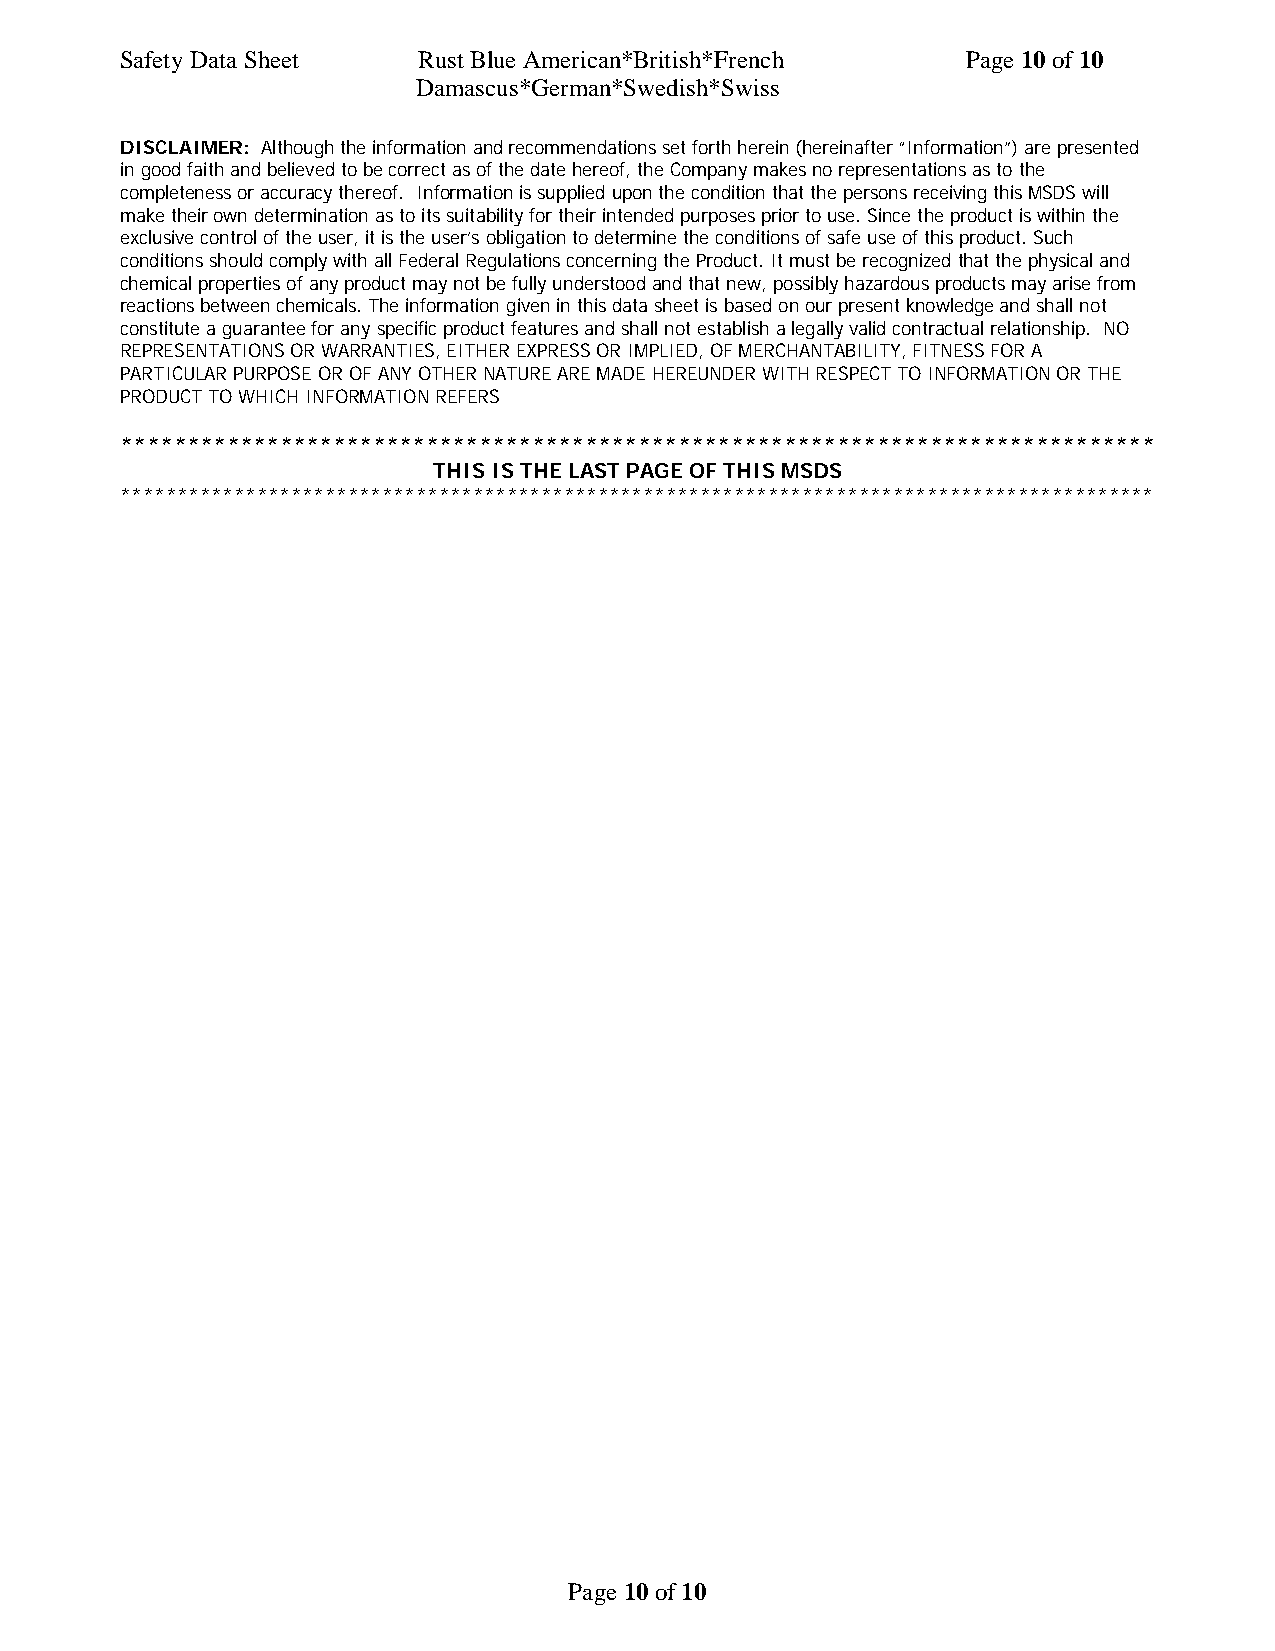
Safety Data Sheet   Rust Blue American*British*French   Page 10 of 10
 Damascus*German*Swedish*Swiss
 DISCLAIMER: Although the information and recommendations set forth herein (hereinafter “Information”) are presented
 in good faith and believed to be correct as of the date hereof, the Company makes no representations as to the
 completeness or accuracy thereof. Information is supplied upon the condition that the persons receiving this MSDS will
 make their own determination as to its suitability for their intended purposes prior to use. Since the product is within the
 exclusive control of the user, it is the user’s obligation to determine the conditions of safe use of this product. Such
 conditions should comply with all Federal Regulations concerning the Product. It must be recognized that the physical and
 chemical properties of any product may not be fully understood and that new, possibly hazardous products may arise from
 reactions between chemicals. The information given in this data sheet is based on our present knowledge and shall not
 constitute a guarantee for any specific product features and shall not establish a legally valid contractual relationship. NO
 REPRESENTATIONS OR WARRANTIES, EITHER EXPRESS OR IMPLIED, OF MERCHANTABILITY, FITNESS FOR A
 PARTICULAR PURPOSE OR OF ANY OTHER NATURE ARE MADE HEREUNDER WITH RESPECT TO INFORMATION OR THE
 PRODUCT TO WHICH INFORMATION REFERS
 ******************************************************************************
 THIS IS THE LAST PAGE OF THIS MSDS
 *******************************************************************************************
 Page 10 of 10